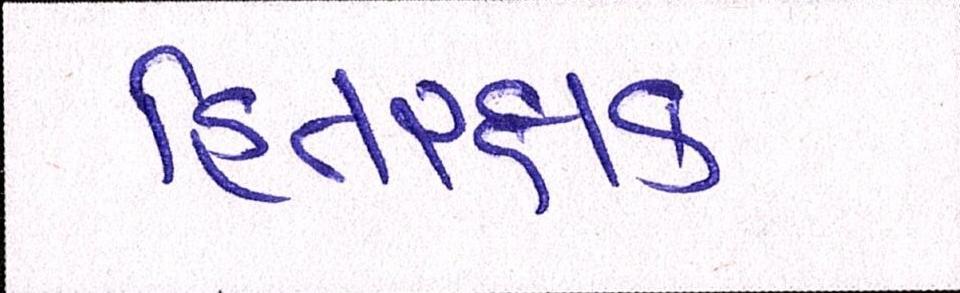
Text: હિતરક્ષક